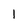
Character: 1